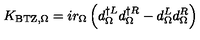
K _ { \mathrm { { B T Z } , \Omega } } = i r _ { \Omega } \left( d _ { \Omega } ^ { \dagger L } d _ { \Omega } ^ { \dagger R } - d _ { \Omega } ^ { L } d _ { \Omega } ^ { R } \right)